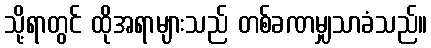
သို့ရာတွင် ထိုအရာများသည် တစ်ခဏမျှသာခံသည်။